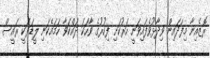
ރޮޒެއިނާ މިފަދައިން ވިދާޅުވެފައިވަނީ ހަރުކަށި ފިކުރުގެ ވާހަކަ ދައްކަވާ ހަމައެކަނި ލީޑަރަކީ ރައީސް